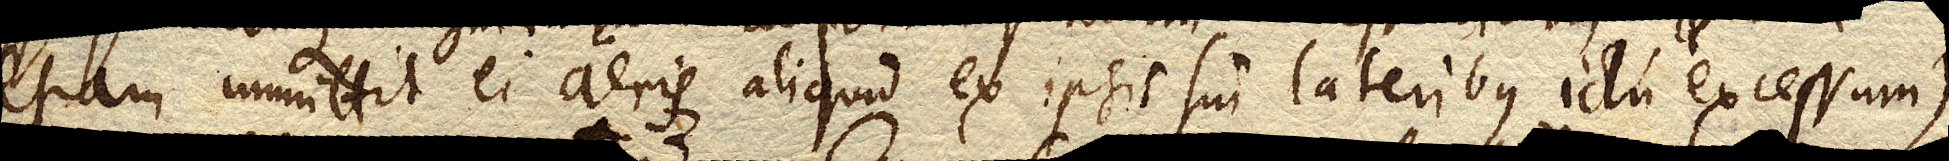
etiam immittit ei aeris aliquid ex ipsis sui lateribus ictu excessum)